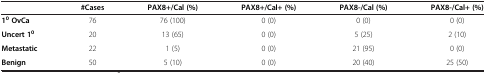
<table><thead><tr><td>[EMPTY_CELL]</td><td><b>#Cases</b></td><td><b>PAX8+/Cal (%)</b></td><td><b>PAX8+/Cal+ (%)</b></td><td><b>PAX8-/Cal (%)</b></td><td><b>PAX8-/Cal+ (%)</b></td></tr></thead><tbody><tr><td><b>1</b><sup><b>0 </b></sup><b>OvCa</b></td><td>76</td><td>76 (100)</td><td>0 (0)</td><td>0 (0)</td><td>0 (0)</td></tr><tr><td><b>Uncert 1</b><sup><b>0</b></sup></td><td>20</td><td>13 (65)</td><td>0 (0)</td><td>5 (25)</td><td>2 (10)</td></tr><tr><td><b>Metastatic</b></td><td>22</td><td>1 (5)</td><td>0 (0)</td><td>21 (95)</td><td>0 (0)</td></tr><tr><td><b>Benign</b></td><td>50</td><td>5 (10)</td><td>0 (0)</td><td>20 (40)</td><td>25 (50)</td></tr></tbody></table>